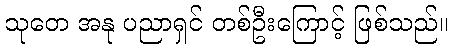
သုတေ အနု ပညာရှင် တစ်ဦးကြောင့် ဖြစ်သည်။